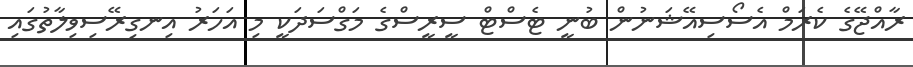
ރާއްޖޭގެ ކެރަމް އެސޯސިއޭޝަނުން ބުނީ ޓެސްޓް ސީރީސްގެ މަގްސަދަކީ މި އަހަރު އިނގިރޭސިވިލާތުގައި